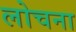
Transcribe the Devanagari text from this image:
लोचना